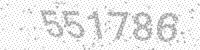
Solution: 551786